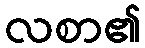
လစာ၏